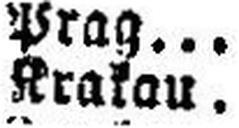
Krakau